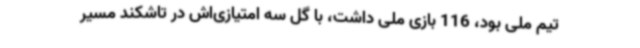
تیم‌ ملی بود، 116 بازی ملی داشت، با گل سه امتیازی‌اش در تاشکند مسیر